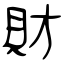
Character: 財